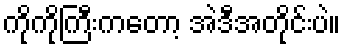
ကိုကိုကြီးကတော့ အဲဒီအတိုင်းပဲ။